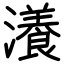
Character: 瀁